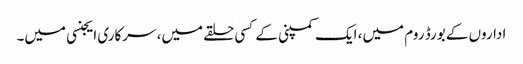
اداروں کے بورڈ روم میں، ایک کمپنی کے کسی حلقے میں، سرکاری ایجنسی میں۔